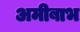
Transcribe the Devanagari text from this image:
अमीबाभ